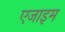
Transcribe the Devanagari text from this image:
एजाइम